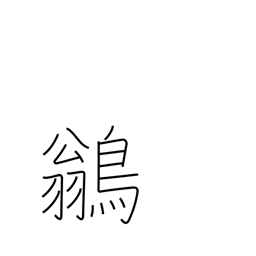
Meaning: peewee